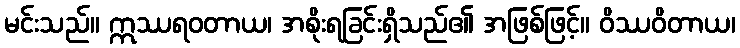
မင်းသည်။ ဣဿရဝတာယ၊ အစိုးရခြင်းရှိသည်၏ အဖြစ်ဖြင့်။ ဝိဿဝိတာယ၊